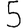
Digit: 5